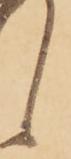
候